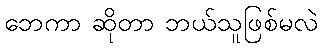
ဘေကာ ဆိုတာ ဘယ်သူဖြစ်မလဲ